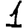
Digit: 1